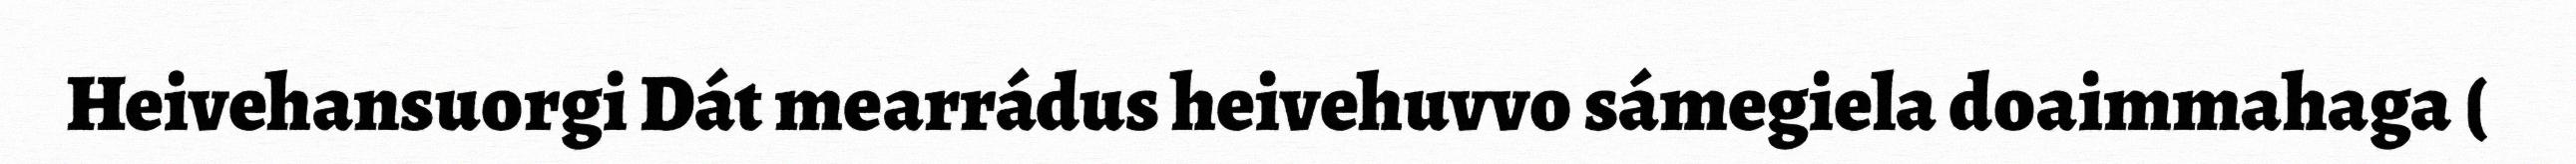
Heivehansuorgi Dát mearrádus heivehuvvo sámegiela doaimmahaga (